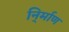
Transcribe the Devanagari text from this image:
नि्र्माण